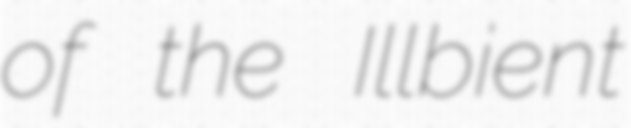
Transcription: of the Illbient